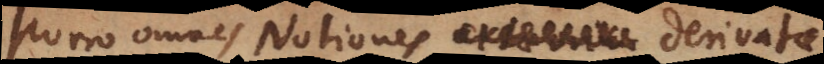
Porro omnes Notiones derivatae